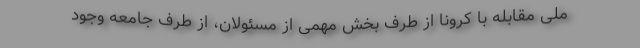
ملی مقابله با کرونا از طرف بخش مهمی از مسئولان، از طرف جامعه وجود